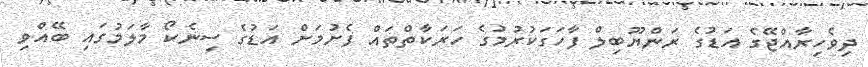
ދިވެހިރާއްޖޭގެ އަޑުގެ ރަންޔޫބިލް ފާހަގަކުރުމުގެ ހަރަކާތްތައް ފެށުމަށް އަޑުގެ ސިނެކޯ މާލަމުގައި ބޭއްވި